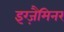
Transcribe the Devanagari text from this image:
इग्ज़ैमिनर